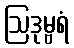
ဩဒုမ္ဗရံ